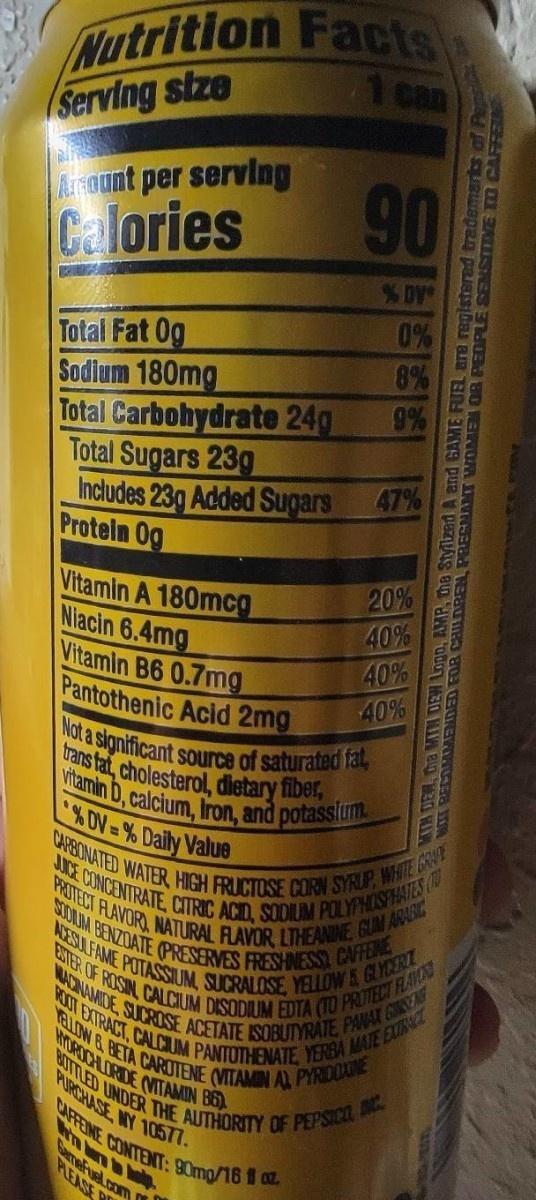
CARBONATED WATER HIGH FRUCTOSE CORN SYRUP, WHITE GRAT WACINAMIDE, SUCROSE ACETATE ISOBUTYRATE PANAX GSCEA JUCE CONCENTRATE, CITRIC ACID, SODIUM ( ESTER OF ROSIN CALCIUM DISODIUM EDTA (TO PROTECT FAV AESULFAME POTASSIUM, SUCRALOSE, YELLOW& GLYCER STOUM BENZDATE (PRESERVES FRESHNESSY CAFFENE Not a significant source of saturated fat, vitamin D, calcium, Iron, and potasslum YELLOW &BETA CAROTENE (VITAMIN AL PYRIDOXINE BITTLED UNDER THE AUTHORITY OF PEPSICO CAFFEINE CONTENT: 90mp/16 f oz. RYORDCHLORDE OITAMIN B6)
Nutrition Facts Serving stze
PROTECT FLAVOR, NATURAL FLAVOR LTHEANINE GUM ARARIC
OOT EXTRACT, CALCUM PANTOTHENATE YERBA MATE EXTRC
1 can
ArRount per serving Calories
90
% DY
0%
Total Fat 0g Sodium 180mg Total Carbohydrate 24g Total Sugars 23g Includes 23g Added Sugars Protein 0g
8% 9%
47%
Vitamin A 180mcO Niacin 6.4mg Vitamin B6 0.7mg Pantothenic Acid 2mg
20% 40% 40% 40%
rans tat, cholesterol, dietary fibet,
%DV=% Daily Value
PURCHASE WY 1057.
Sarrefusl.com PLEASE
MIH DEW, Da MIN DEW Lopp, AMP, me Stylized A and GAME FUBL are registered trademarks